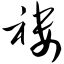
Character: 褓